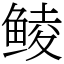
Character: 鲮